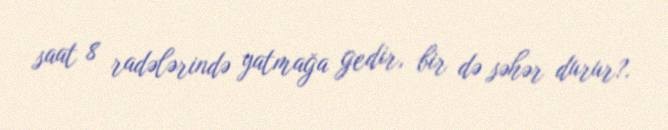
saat 8 radələrində yatmağa gedir, bir də səhər durur?.